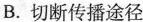
B.切断传播途径